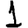
Digit: 1